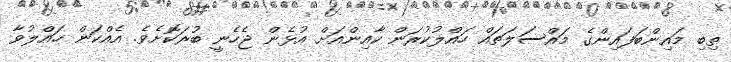
ތިބި މައިންބަފައިންގެ މައްސަލަތައް ހައްލުކުރަން ކާއިންއަށް އުޅެން ޖެހެނީ ބުރަކޮށެވެ. އެއްކަން ހައްލުވާ